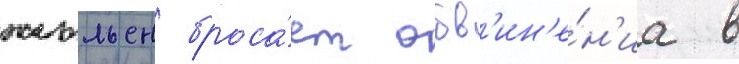
жюльен броса́ет обв'ин'е́н'иа в